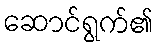
ဆောင်ရွက်၏